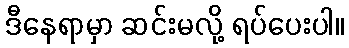
ဒီနေရာမှာ ဆင်းမလို့ ရပ်ပေးပါ။